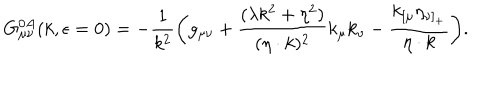
G _ { \mu \nu } ^ { 0 A } ( k , \epsilon = 0 ) = - { \frac { 1 } { k ^ { 2 } } } \biggl ( g _ { \mu \nu } + { \frac { ( \lambda k ^ { 2 } + \eta ^ { 2 } ) } { ( \eta \cdot k ) ^ { 2 } } } k _ { \mu } k _ { \nu } - { \frac { k _ { [ \mu } \eta _ { \nu ] _ { + } } } { \eta \cdot k } } \biggr ) .